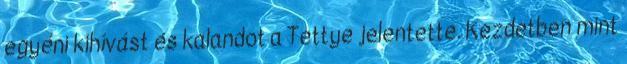
egyéni kihívást és kalandot a Tettye jelentette. Kezdetben mint